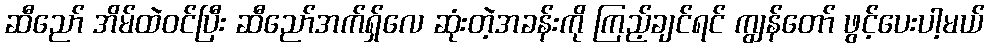
ဆီညော် အိမ်ထဲဝင်ပြီး ဆီညော်အက်ရှ်လေ ဆုံးတဲ့အခန်းကို ကြည့်ချင်ရင် ကျွန်တော် ဖွင့်ပေးပါ့မယ်